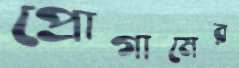
প্রোগামের